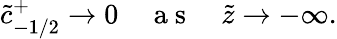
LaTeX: \tilde{c}_{-1/2}^{+}\to 0\quad\mathrm{~a~s~}\quad\tilde{z}\to-\infty.